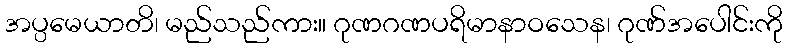
အပ္ပမေယာတိ၊ မည်သည်ကား။ ဂုဏဂဏပရိမာနာဝသေန၊ ဂုဏ်အပေါင်းကို